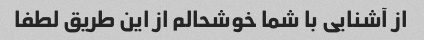
از آشنایی با شما خوشحالم از این طریق لطفا